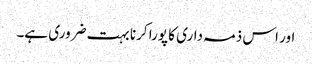
اور اس ذمہ داری کا پورا کرنا بہت ضروری ہے۔